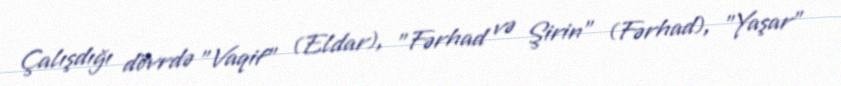
Çalışdığı dövrdə "Vaqif" (Eldar), "Fərhad və Şirin" (Fərhad), "Yaşar"